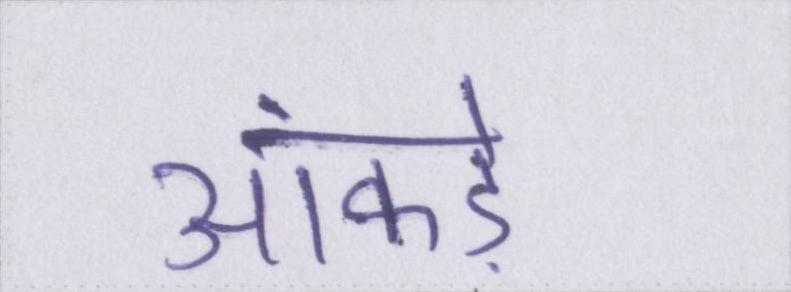
आंकड़े